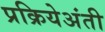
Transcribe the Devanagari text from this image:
प्रक्रियेअंती